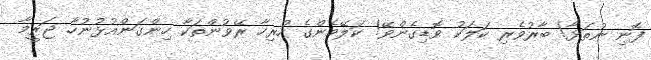
ފޮނި ނުތަޅާ! ބާރުވެރި ކަލަކު ވޮޑިގެންވޭ! ކަލޭމެންގެ ހުރިހާ ރޭވުންތަކާ ހިންގަންއުޅުނުހާ ޖަރީމާ